Papers set at the Examination for Leaving Certificates, 1890
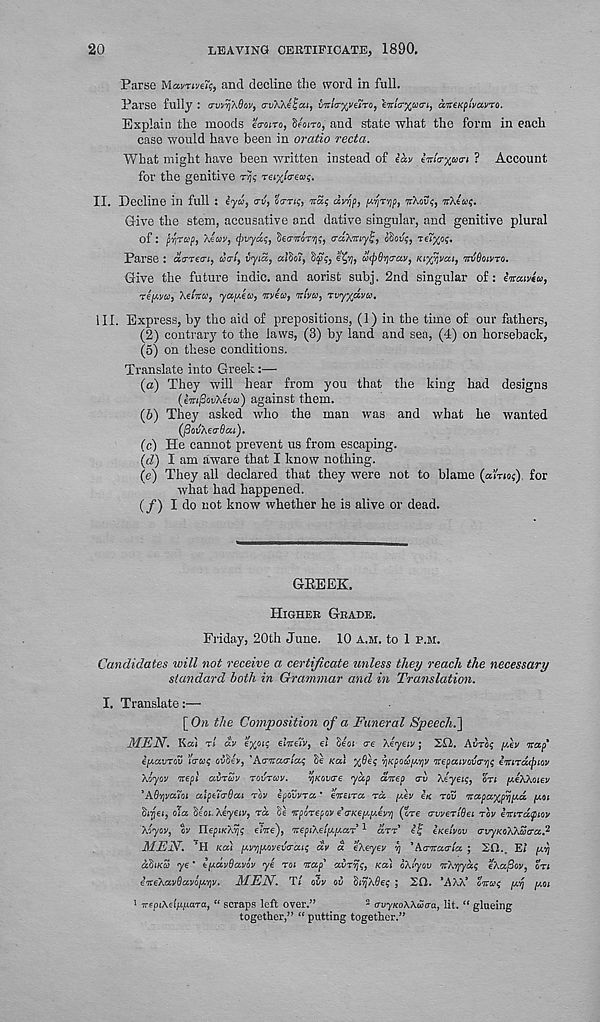
20
LEAVING CERTIFICATE, 1890.
Parse Mai/rive!;, and decline the word in full.
Parse fully : (rvvTjXOov, a-uWe^ai, vniG-y^aro, eir/tr^Kcrt, aiceKflvavTO.
Explain the moods ea-oiro, deom, and state what the form in each
case would have been in omtio recta.
What might have been written instead of lav ln!<ryjxtri ? Account
for the genitive r/js
II. Decline in full : lyd, o-v, 'ia-Tis, TTS; dvrif, fWlTtjf), wAoi??, TrXeV';.
Give the stem, accusative and dative singular, and genitive plural
of: pvjTupf Xlcov, rpvydf, heamry;, aaXmy^, dW;, rei^o;.
Parse : da-Teai, dal, vyici, alSoi, Sp;,
wipOrjaav, Kiyvjvai, mt&oivro.
Give the future indie, and aorist subj. 2nd singular of: luaivla,
tepivu, Ae/wii’, yay.lw, uvea, viva, rvyydva.
III. Express, by the aid of prepositions, (1) in the time of our fathers,
(2) contrary to the laws, (3) by land and sea, (4) on horseback,
(5) on these conditions.
Translate into Greek:—
(a) They will hear from you that the king had designs
(ImpovXlvw) against them.
(6) They asked who the man was and what he wanted
(fiovAnGlicu).
(c) He cannot prevent us from escaping.
(d) I am aware that I know nothing.
(e) They all declared that they were not to blame (airio?) for
what had happened.
(/) I do not know whether he is alive or dead.
GREEK.
HIGHER GRADE.
Friday, 20th June. 10 A.M. to 1 P.M.
Candidates will not receive a certificate unless they reach the necessary
standard both in Grammar and in Translation.
I. Translate:—
[On the Composition of a Funeral Speech.^
MEN. Ka> Ti dv e%oi{ eiveiv, ei Hot ere Xlyeiv; 211. AUTO; y.ev vap‘
IpavToij lo-ai? ciihiv, 'Arvcurlai Be Kal %0e; ^Kpoapriv vepaivovam Ivncuptov
Xlyov vepi airSv TGVTGJV.
JjKowre yap dvep av Xlyeif, on fteAAoiev
'AbryaYoi ulptiSjQai TOV ipovvTa. * Ivsira rd pev IK TQV vapaxpijpd. poi
SiTjei, ola §£oi.\£y€LV, TU Be vpoTepr.v € (jKey.y.ev'/j (ore crwerlSei TOV Ivirdcpiov
\lyov, ov IlefiKA)); etire), VGpu.dijjAa.T 1 arx’ e’f IKCIVOV crvyKoXXSa-a.' 2
MEN. t H Kal y.rriiMV(va-au; dv d eXeyev v] ’Acrvaala ; 20.. Ei pri
cdjiKu ye * fidvdavov yl TO; vap' avrvji;, Kali oXtyov %Xv]yd<; eXa[3ov, on
eveXavSavofj.’qv. MEN. Ti oiv ov BifASe? ; 20. ’AAA’ ovoy
pooi
1 TreptAei^jUara, e< scraps left over.”
2 avyKoXXuaa, lit. ” glueing
together,” “ putting together.”